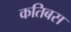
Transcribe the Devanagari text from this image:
कतिबस